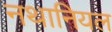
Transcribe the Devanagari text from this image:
नथानियल